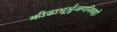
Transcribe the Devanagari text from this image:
क्रीडाभूर्भुजगनिवहो